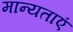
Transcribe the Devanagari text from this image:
मान्‍यताएं